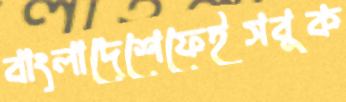
বাংলাদেশেফেইসবুক